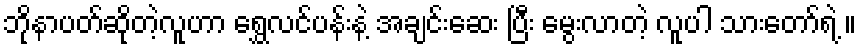
ဘိုနာပတ်ဆိုတဲ့လူဟာ ရွှေလင်ပန်းနဲ့ အချင်းဆေး ပြီး မွေးလာတဲ့ လူပါ သားတော်ရဲ့ ။